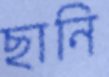
ছানি